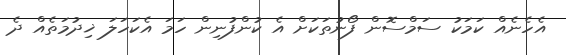
އެހެނެއް ކަމަކު ސަމްސޮން ފޯނުތަކަށް އެ ކުންފުނިން ހަމަ އެކަހަލަ ޚިދުމަތެއް ދެ